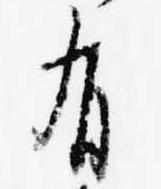
有